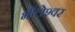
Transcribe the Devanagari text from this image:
भीलेश्‍वर